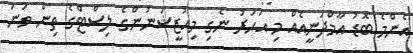
އެންމެ ބޮޑު އާމްދަނީއެއް މި އަހަރު ނެގި މިއުޒީޝަނުންގެ ލިސްޓްގެ ތިން ވަނަ